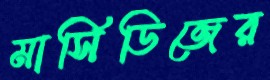
মার্সিডিজের